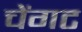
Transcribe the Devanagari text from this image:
चेंगट